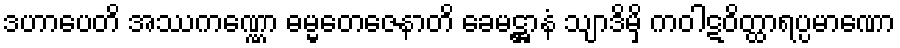
ဒဟာပေတိ အဿကဏ္ဏော ဓမ္မတေဇေနာတိ ခေမဋ္ဌာနံ သျာဒိမှိ ကဝါဋဝိတ္ထာရပ္ပမာဏော